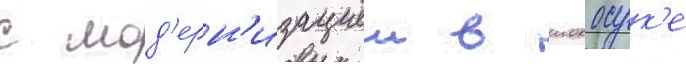
с мод'ерн'изациеи в иокосук'е